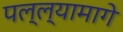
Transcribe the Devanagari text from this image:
पल्ल्यामागे